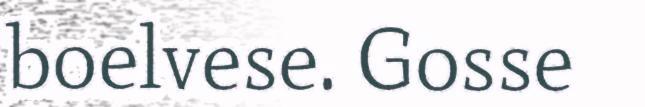
boelvese. Gosse